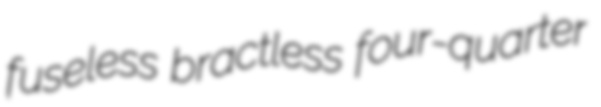
fuseless bractless four-quarter